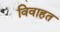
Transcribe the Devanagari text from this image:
विवाहत